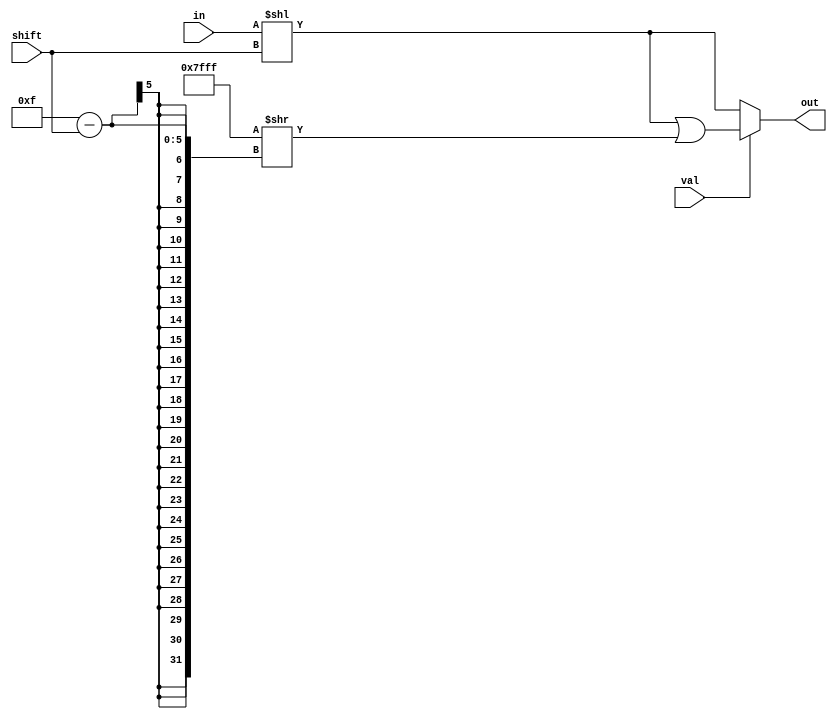
module LSHIFT16 #(parameter SIZE = 16)(input [SIZE-1:0] in, 
    input [4:0] shift, input val, output reg [SIZE-1:0] out);
always @(in or shift or val) begin
    out = in << shift;
	if(val)
	    out = out | ({SIZE-1 {1'b1} } >> (SIZE-1-shift));
end	
endmodule